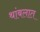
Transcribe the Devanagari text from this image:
थांबलात